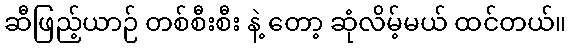
ဆီဖြည့်ယာဉ် တစ်စီးစီး နဲ့ တော့ ဆုံလိမ့်မယ် ထင်တယ်။